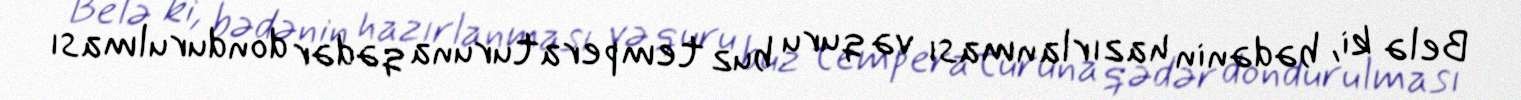
Belə ki, bədənin hazırlanması və quru buz temperaturuna qədər dondurulması